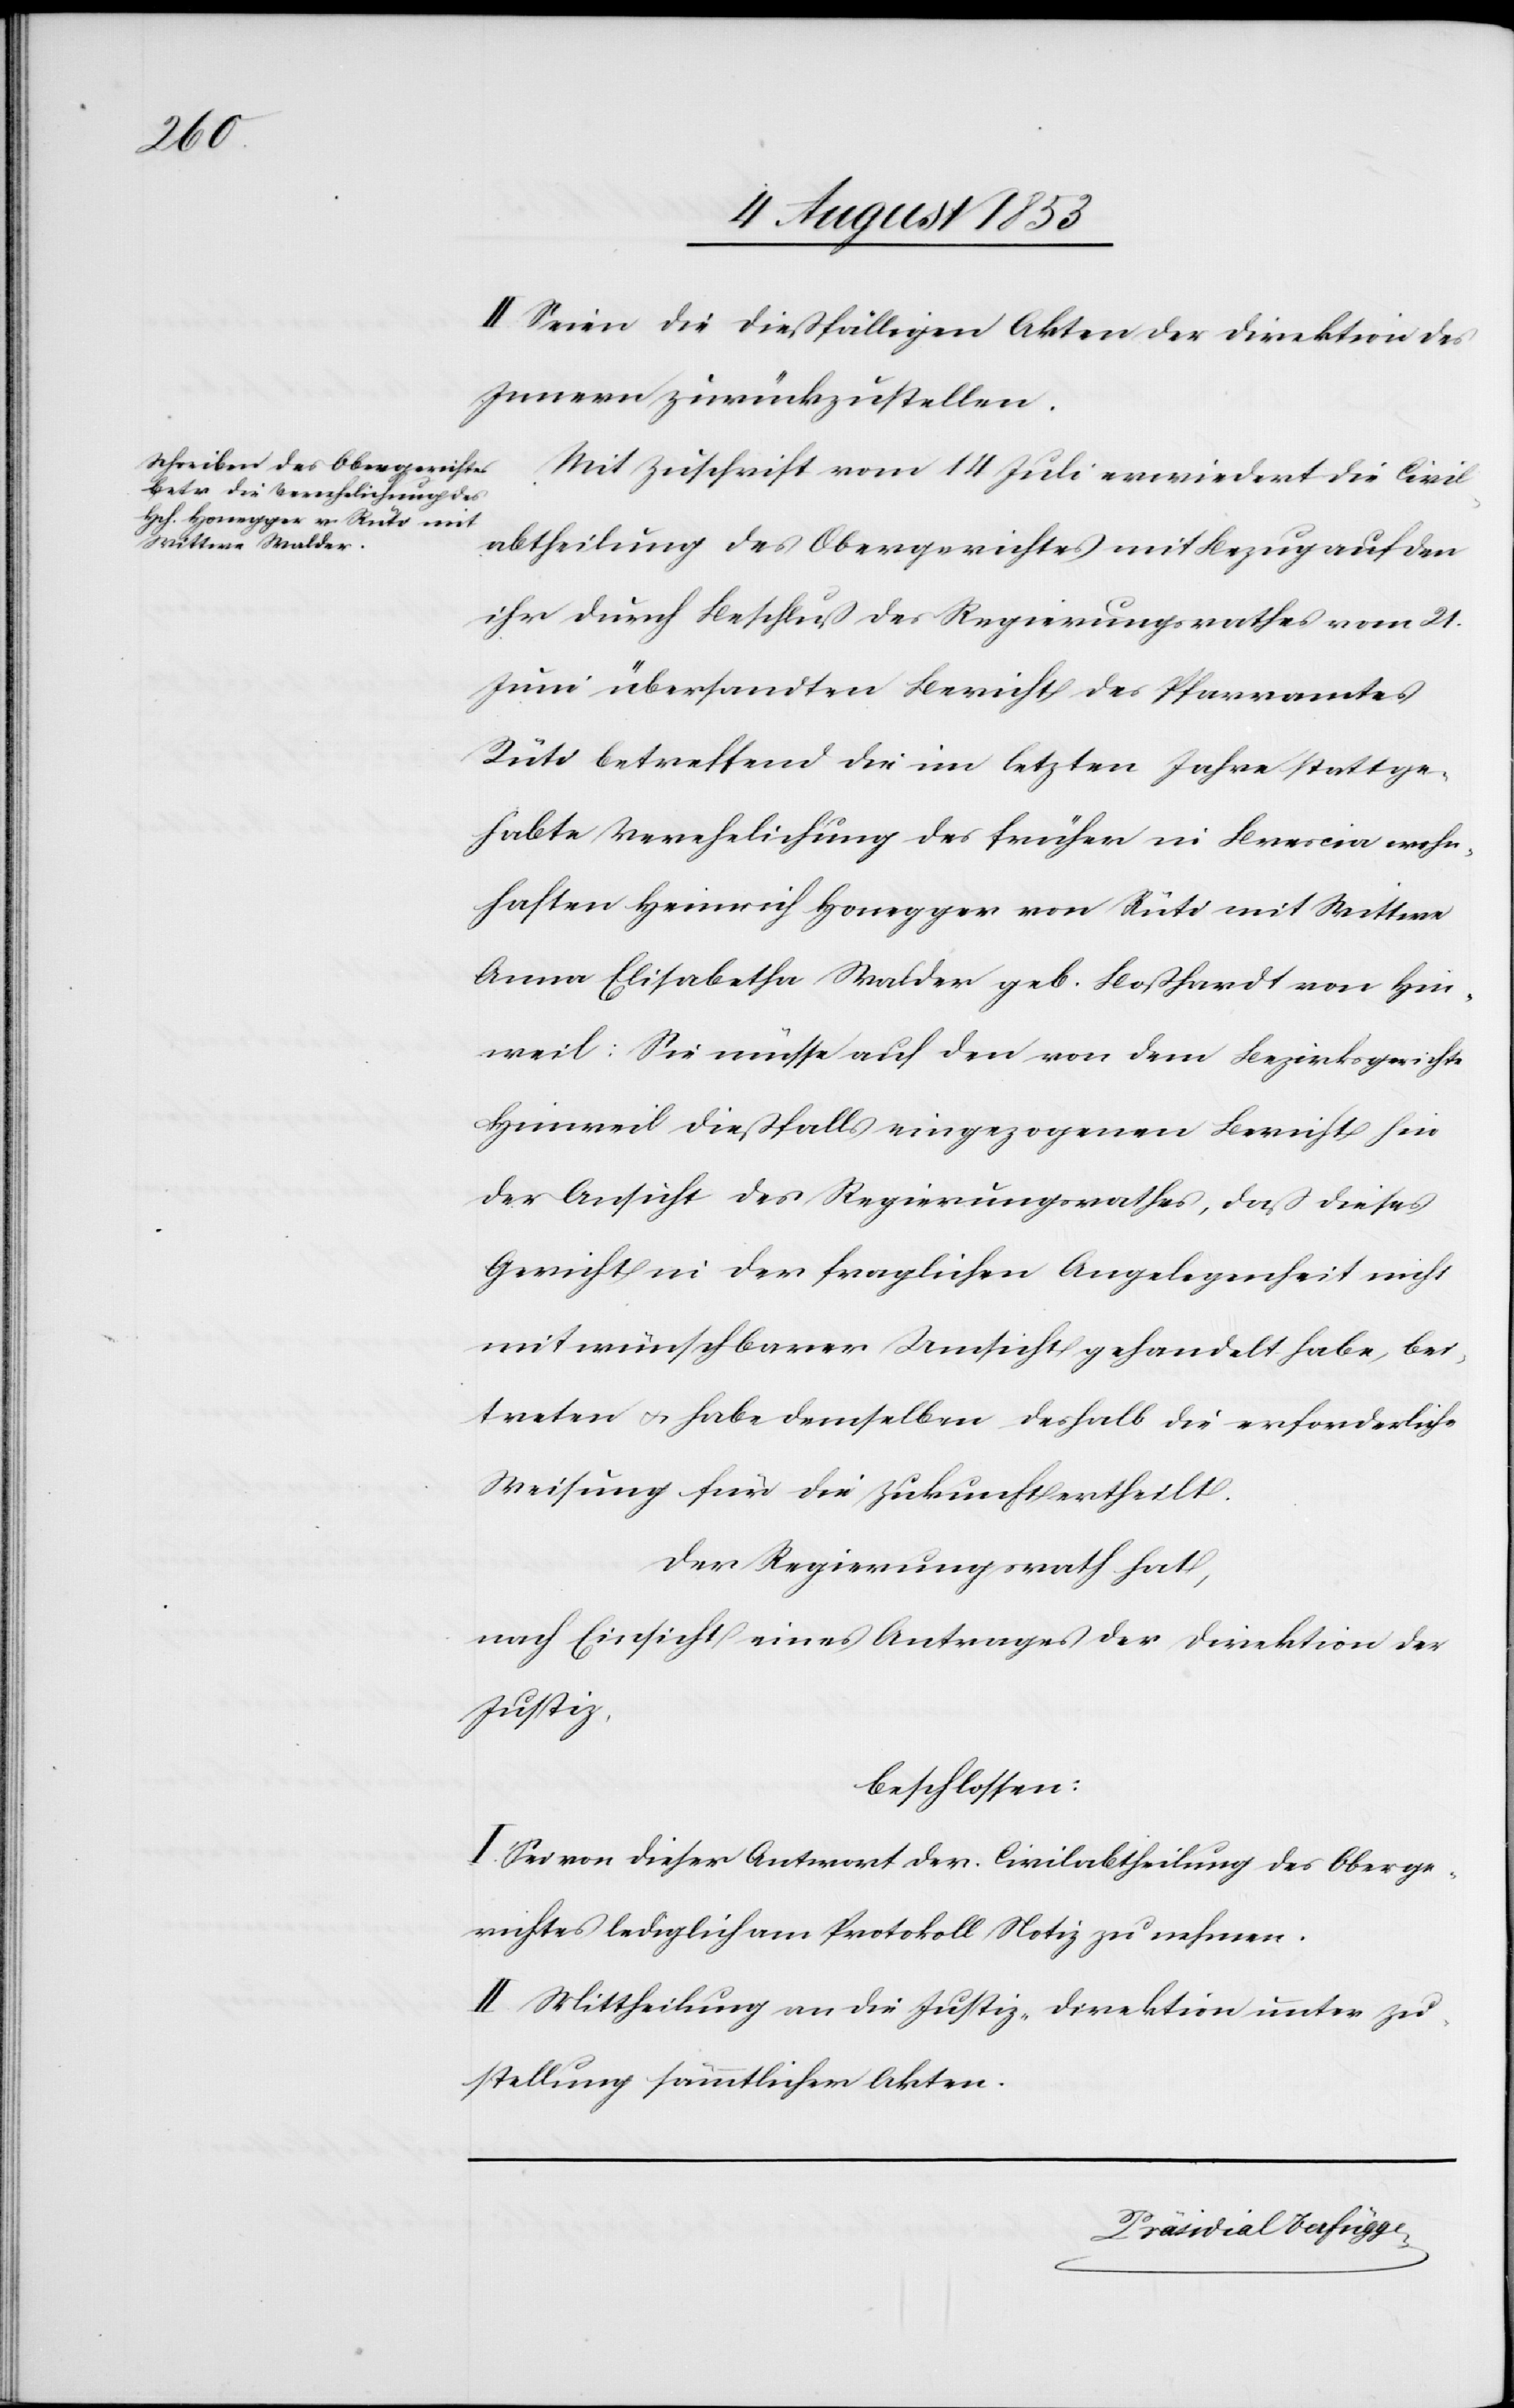
II. Seien die dießfälligen Akten der Direktion des
Innern zurückzustellen.
Mit Zuschrift vom 14 Juli erwiedert die Civil¬
abtheilung des Obergerichtes mit Bezug auf den
ihr durch Beschluß des Regierungsrathes vom 21
Juni übersandten Bericht des Pfarramtes
Rüti betreffend die im letzten Jahre stattge¬
habte Verehelichung des früher in Brescia wohn¬
haften Heinrich Honegger von Rüti mit Wittwe
Anna Elisabetha Walder geb. Boßhardt von Hin¬
weil: Sie müsse auf den von dem Bezirksgerichte
Hinweil dießfalls eingezogenen Bericht hin
der Ansicht des Regierungsrathes, daß dieses
Gericht in der fraglichen Angelegenheit nicht
mit wünschbarer Umsicht gehandelt habe, bei¬
treten u. habe demselben deshalb die erforderliche
Weisung für die Zukunft ertheilt.
Der Regierungsrath hat,
nach Einsicht eines Antrages der Direktion der
Justiz,
beschlossen:
I. Sei von dieser Antwort der Civilabtheilung des Oberge¬
richtes lediglich am Protokoll Notiz zu nehmen.
II. Mittheilung an die Justiz-Direktion unter Zu¬
stellung sämmtlicher Akten.